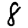
Digit: 8